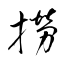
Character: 撈